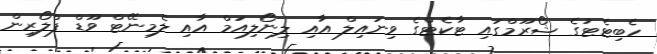
ހެބިޓެޓުގެ ޝޯރޫމްގައި ޓާކެޓްގެ ވިނައިލް އާއި ލިނޯލިއަމް އާއި ލެމިނޭޓް ވޫޑް ފްލޯރިން